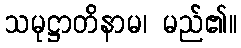
သမုဋ္ဌာတိနာမ၊ မည်၏။